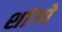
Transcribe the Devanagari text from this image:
शांग्गे